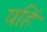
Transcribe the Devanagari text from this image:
यहिं